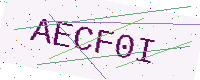
Text: AECF0I